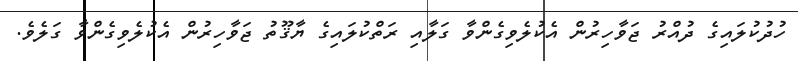
ހުދުކުލައިގެ ދުއްރު ޖަވާހިރުން އެކުލެވިގެންވާ ގަލާއި ރަތްކުލައިގެ ޔާޤޫތު ޖަވާހިރުން އެކުލެވިގެންވާ ގަލެވެ.